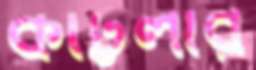
কাট্টলীর